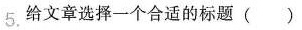
5.给文章选择一个合适的标题( )